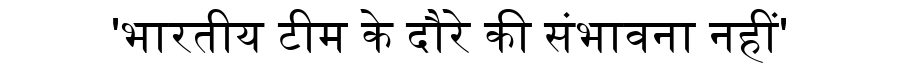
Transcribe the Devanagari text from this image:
'भारतीय टीम के दौरे की संभावना नहीं'